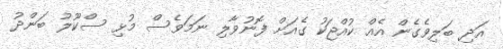
އަދި ބަލިވެގެން އެއް ކުއްޖަކު ގެއަށް ފޮނުވާލި ނަމަވެސް މުޅި ސްކޫލު ބަންދު